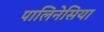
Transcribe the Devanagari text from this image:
पालिनेसिया